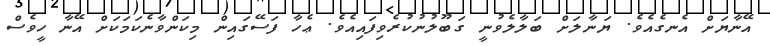
އޭނާޔަށް އެނގެއެވެ. ޔަނާލަށް ބަލާލެވުނީ ގަބޫލުނުކުރެވިފައިއެވެ. ޢެހާ ފަސޭގައިން މިކަންވާނެކަމަކަށް އޭނާ ހީވެސް